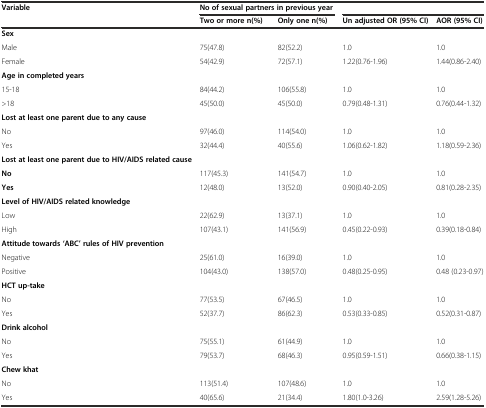
<table><thead><tr><td><b>Variable</b></td><td colspan="2"><b>No of sexual partners in previous year</b></td><td colspan="2"></td></tr><tr><td></td><td><b>Two or more n(%)</b></td><td><b>Only one n(%)</b></td><td><b>Un adjusted OR (95% CI)</b></td><td><b>AOR (95% CI)</b></td></tr></thead><tbody><tr><td><b>Sex</b></td><td></td><td></td><td></td><td></td></tr><tr><td>Male</td><td>75(47.8)</td><td>82(52.2)</td><td>1.0</td><td>1.0</td></tr><tr><td>Female</td><td>54(42.9)</td><td>72(57.1)</td><td>1.22(0.76-1.96)</td><td>1.44(0.86-2.40)</td></tr><tr><td><b>Age in completed years</b></td><td></td><td></td><td></td><td></td></tr><tr><td>15-18</td><td>84(44.2)</td><td>106(55.8)</td><td>1.0</td><td>1.0</td></tr><tr><td>&gt;18</td><td>45(50.0)</td><td>45(50.0)</td><td>0.79(0.48-1.31)</td><td>0.76(0.44-1.32)</td></tr><tr><td><b>Lost at least one parent due to any cause</b></td><td></td><td></td><td></td><td></td></tr><tr><td>No</td><td>97(46.0)</td><td>114(54.0)</td><td>1.0</td><td>1.0</td></tr><tr><td>Yes</td><td>32(44.4)</td><td>40(55.6)</td><td>1.06(0.62-1.82)</td><td>1.18(0.59-2.36)</td></tr><tr><td><b>Lost at least one parent due to HIV/AIDS related cause</b></td><td></td><td></td><td></td><td></td></tr><tr><td><b>No</b></td><td>117(45.3)</td><td>141(54.7)</td><td>1.0</td><td>1.0</td></tr><tr><td><b>Yes</b></td><td>12(48.0)</td><td>13(52.0)</td><td>0.90(0.40-2.05)</td><td>0.81(0.28-2.35)</td></tr><tr><td><b>Level of HIV/AIDS related knowledge</b></td><td></td><td></td><td></td><td></td></tr><tr><td>Low</td><td>22(62.9)</td><td>13(37.1)</td><td>1.0</td><td>1.0</td></tr><tr><td>High</td><td>107(43.1)</td><td>141(56.9)</td><td>0.45(0.22-0.93)</td><td>0.39(0.18-0.84)</td></tr><tr><td><b>Attitude towards ‘ABC’ rules of HIV prevention</b></td><td></td><td></td><td></td><td></td></tr><tr><td>Negative</td><td>25(61.0)</td><td>16(39.0)</td><td>1.0</td><td>1.0</td></tr><tr><td>Positive</td><td>104(43.0)</td><td>138(57.0)</td><td>0.48(0.25-0.95)</td><td>0.48 (0.23-0.97)</td></tr><tr><td><b>HCT up-take</b></td><td></td><td></td><td></td><td></td></tr><tr><td>No</td><td>77(53.5)</td><td>67(46.5)</td><td>1.0</td><td>1.0</td></tr><tr><td>Yes</td><td>52(37.7)</td><td>86(62.3)</td><td>0.53(0.33-0.85)</td><td>0.52(0.31-0.87)</td></tr><tr><td><b>Drink alcohol</b></td><td></td><td></td><td></td><td></td></tr><tr><td>No</td><td>75(55.1)</td><td>61(44.9)</td><td>1.0</td><td>1.0</td></tr><tr><td>Yes</td><td>79(53.7)</td><td>68(46.3)</td><td>0.95(0.59-1.51)</td><td>0.66(0.38-1.15)</td></tr><tr><td><b>Chew khat</b></td><td></td><td></td><td></td><td></td></tr><tr><td>No</td><td>113(51.4)</td><td>107(48.6)</td><td>1.0</td><td>1.0</td></tr><tr><td>Yes</td><td>40(65.6)</td><td>21(34.4)</td><td>1.80(1.0-3.26)</td><td>2.59(1.28-5.26)</td></tr></tbody></table>